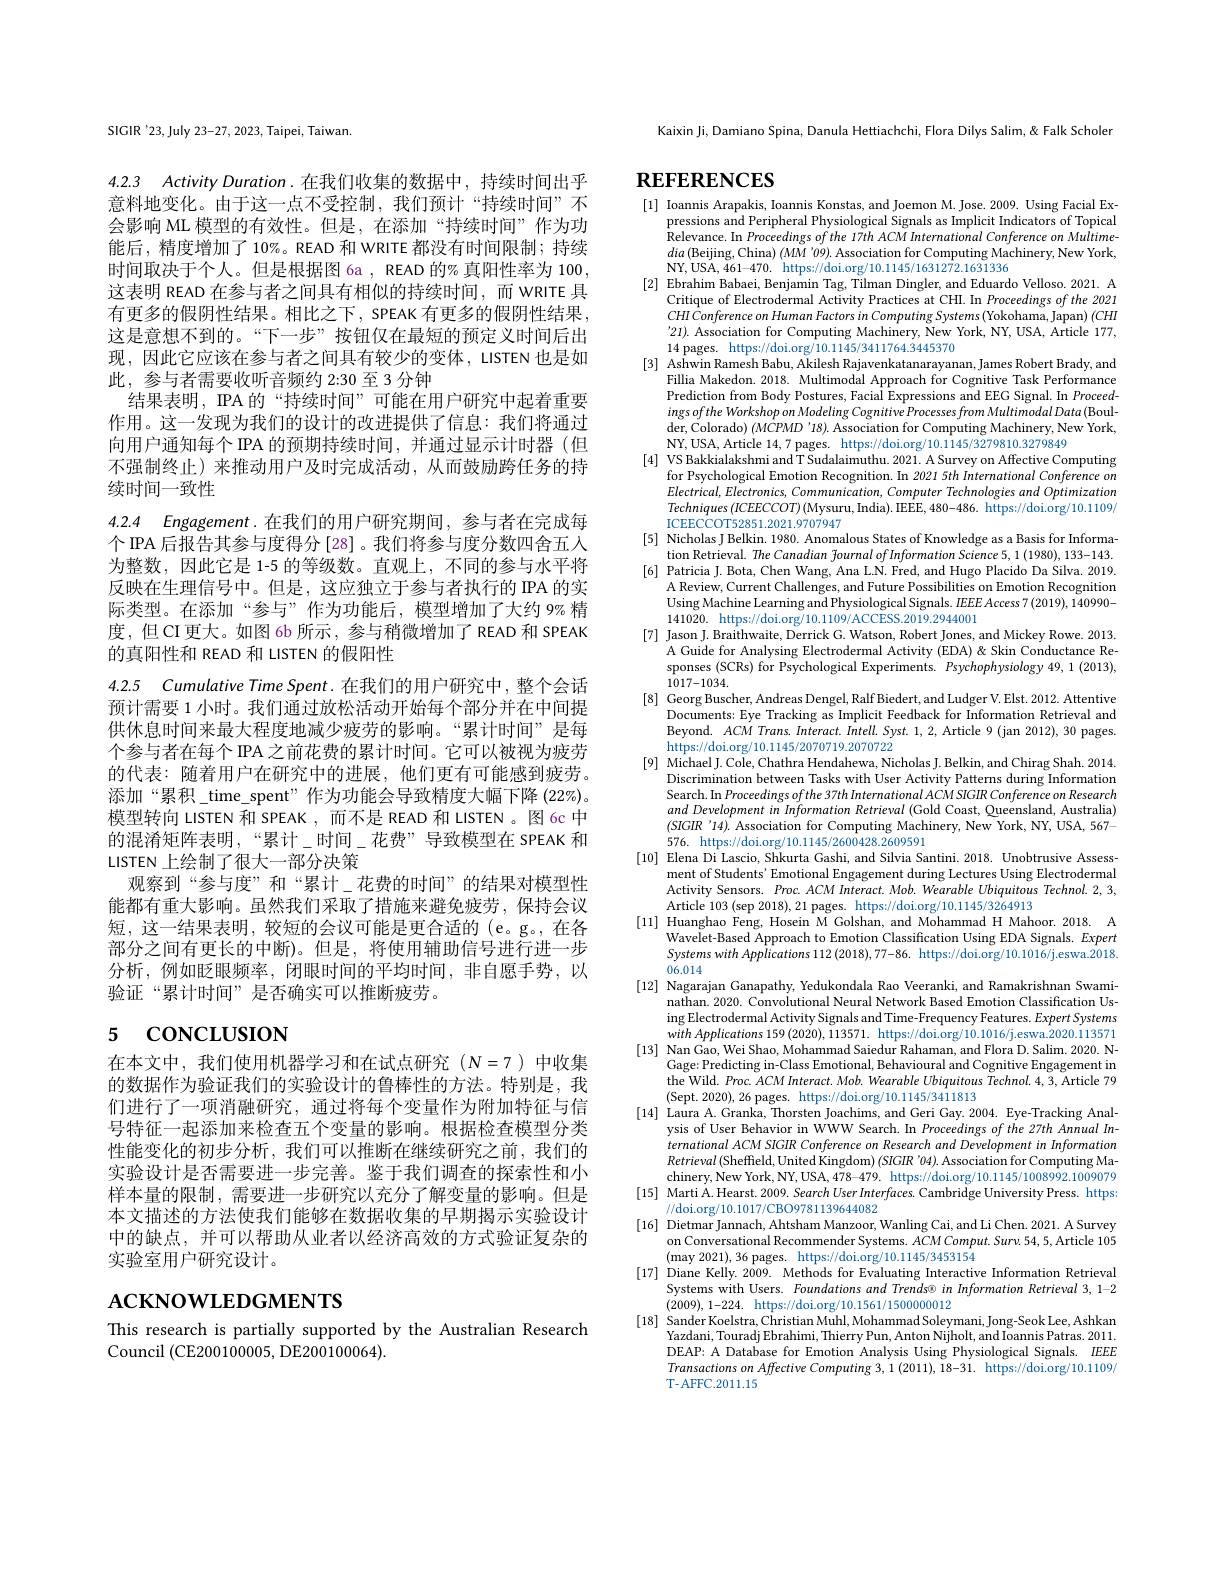
SIGIR'23, July 23-27, 2023, Taipei, Taiwan.

4.2.3 Activity $Duration.$在我们收集的数据中，持续时间出乎

意料地变化。由于这一点不受控制，我们预计“持续时间”不会影响 ML 模型的有效性。但是，在添加“持续时间”作为功能后，精度增加了10%。READ 和 WRITE 都没有时间限制；持续时间取决于个人。但是根据图 6a , READ 的% 真阳性率为 100, 这表明 READ 在参与者之间具有相似的持续时间，而 WRITE 具有更多的假阴性结果。相比之下，SPEAK 有更多的假阴性结果， 这是意想不到的。“下一步”按钮仅在最短的预定义时间后出现，因此它应该在参与者之间具有较少的变体，LISTEN 也是如此，参与者需要收听音频约 2:30 至 3 分钟
结果表明，IPA 的“持续时间”可能在用户研究中起着重要作用。这一发现为我们的设计的改进提供了信息：我们将通过向用户通知每个 IPA 的预期持续时间，并通过显示计时器 (但不强制终止)来推动用户及时完成活动，从而鼓励跨任务的持续时间一致性
4.2.4 Engagement.在我们的用户研究期间，参与者在完成每

个 IPA 后报告其参与度得分 [28] 。我们将参与度分数四舍五人为整数，因此它是 1-5 的等级数。直观上，不同的参与水平将反映在生理信号中。但是，这应独立于参与者执行的 IPA 的实际类型。在添加“参与”作为功能后，模型增加了大约 9% 精度，但CI更大。如图 6b 所示，参与稍微增加了READ 和 SPEAK 的真阳性和 READ 和 LISTEN 的假阳性
4.2.5 $CumulativeTimeSpent.$在我们的用户研究中，整个会话预计需要 1 小时。我们通过放松活动开始每个部分并在中间提供休息时间来最大程度地减少疲劳的影响。“累计时间”是每个参与者在每个 IPA 之前花费的累计时间。它可以被视为疲劳的代表：随着用户在研究中的进展，他们更有可能感到疲劳。添加“累积\_time\_spent”作为功能会导致精度大幅下降 (22%)。模型转向 LISTEN 和 SPEAK ,而不是 READ 和 LISTEN 。图 6c 中的混淆矩阵表明，“累计\_时间\_花费”导致模型在 SPEAK 和LISTEN 上绘制了很大一部分决策
观察到“参与度”和“累计\_花费的时间”的结果对模型性能都有重大影响。虽然我们采取了措施来避免疲劳，保持会议短，这一结果表明，较短的会议可能是更合适的(e。g。,在各部分之间有更长的中断)。但是，将使用辅助信号进行进一步分析，例如眨眼频率，闭眼时间的平均时间，非自愿手势，以验证“累计时间”是否确实可以推断疲劳。

# 5 concusıon

在本文中，我们使用机器学习和在试点研究($N=7$)中收集的数据作为验证我们的实验设计的鲁棒性的方法。特别是，我们进行了一项消融研究，通过将每个变量作为附加特征与信号特征一起添加来检查五个变量的影响。根据检查模型分类性能变化的初步分析，我们可以推断在继续研究之前，我们的实验设计是否需要进一步完善。鉴于我们调查的探索性和小样本量的限制，需要进一步研究以充分了解变量的影响。但是本文描述的方法使我们能够在数据收集的早期揭示实验设计中的缺点，并可以帮助从业者以经济高效的方式验证复杂的实验室用户研究设计。

# $\mathbf{ACKNOWLEDGMENTS}$

This research is partially supported by the Australian Research
Council (CE200100005, DE200100064).

Kaixin Ji, Damiano Spina, Danula Hettiachchi, Flora Dilys Salim, & Falk Scholer

# $REFERENCES$

[1] Ioannis Arapakis, Ioannis Konstas, and Joemon M. Jose. 2009. Using Facial Ex-
pressions and Peripheral Physiological Signals as Implicit Indicators of Topical Relevance. In Proceedings of the 17th ACM International Conference on Multime- $dia\left(\text{Beijing,China) }(MM'09\right).$ Association for Computing Machinery, New York, NY, USA, 461- 470. https: / / doi. org/ 10. 1145/ 1631272. 1631336
[2] Ebrahim Babaei, Benjamin Tag, Tilman Dingler, and Eduardo Velloso. 2021. A
Critique of Electrodermal Activity Practices at CHI. In Proceedings of the 2021 $CHI\textit{Conference on Human Factors in Computing Systems ( Yokohama, Japan) ( CHI) }$ '21). Association for Computing Machinery, New York, NY, USA, Article 177, 14 pages. https://doi.org/10.1145/3411764.3445370
[3] Ashwin Ramesh Babu, Akilesh Rajavenkatanarayanan, James Robert Brady, and
Fillia Makedon. 2018. Multimodal Approach for Cognitive Task Performance Prediction from Body Postures, Facial Expressions and EEG Signal. In Proceed- $ingsofthe\textit{ Workshop on Modeling Cognitive Processes from Multimodal Data ( Boul- ) }$ der, Colorado) ( MCPMD$ ^{\prime }$18) . Association for Computing Machinery, New York, NY, USA, Article 14,7 pages. https://doi.org/10.1145/3279810.3279849
[4] VS Bakkialakshmi and T Sudalaimuthu. 2021. A Survey on Affective Computing
for Psychological Emotion Recognition. In 2021 5th International Conference on $Electrical,Electronics,Communication,Computer$ Technologies and Optimization Techniques $(ICEECCOT)$ (Mysuru, India). IEEE, 480-486. https://doi.org/10.1109/ ICEECCOT52851.2021.9707947
[5] Nicholas J Belkin. 1980. Anomalous States of Knowledge as a Basis for Informa
tion Retrieval. The Canadian fournal of Information Science 5, 1 (1980), 133-143. [6] Patricia J. Bota, Chen Wang, Ana L.N. Fred, and Hugo Placido Da Silva. 2019.
A Review, Current Challenges, and Future Possibilities on Emotion Recognition Using Machine Learning and Physiological Signals. $IEEEAccess7(2019),140990-$ 141020. https://doi.org/10.1109/ACCESS.2019.2944001
[7] Jason J. Braithwaite, Derrick G. Watson, Robert Jones, and Mickey Rowe. 2013.
A Guide for Analysing Electrodermal Activity (EDA)&Skin Conductance Responses (SCRs) for Psychological Experiments. Psychophysiology 49, 1 (2013), 1017-1034.
[8] Georg Buscher, Andreas Dengel, Ralf Biedert, and Ludger V. Elst. 2012. Attentive
Documents: Eye Tracking as Implicit Feedback for Information Retrieval and Beyond. $ACM$ Trans. Interact. Intell. Syst. 1, 2, Article 9 (jan 2012), 30 pages. https://doi.org/10.1145/2070719.2070722
[9] Michael J. Cole, Chathra Hendahewa, Nicholas J. Belkin, and Chirag Shah. 2014.
Discrimination between Tasks with User Activity Patterns during Information Search. In Proceedings ofthe 37th International ACM SIGIR Conference on Research and Development in Information Retrieval (Gold Coast, Queensland, Australia) (SIGIR'14).Association for Computing Machinery, New York, NY, USA, 567- 576. https: / / doi. org/ 10. 1145/ 2600428. 2609591 Tre
[10] Elena Di Lascio, Shkurta Gashi, and Silvia Santini. 2018. Unobtrusive Assess-
ment of Students' Emotional Engagement during Lectures Using Electrodermal Activity Sensors. Proc. ACM Interact. Mob. Wearable Ubiquitous Technol. 2, 3, Article 103 (sep 2018), 21 pages. https://doi.org/10.1145/3264913
[11] Huanghao Feng, Hosein M Golshan, and Mohammad H Mahoor. 2018. A
Wavelet-Based Approach to Emotion Classification Using EDA Signals. Expert $Systemswith\textit{Applications 112( 2018) , 77- 86. https: / / doi. org/ 10. 1016/ j. eswa. 2018. }$ 06.014
[12] Nagarajan Ganapathy, Yedukondala Rao Veeranki, and Ramakrishnan Swami-
nathan. 2020. Convolutional Neural Network Based Emotion Classification Using Electrodermal Activity Signals and Time-Frequency Features. Expert Systems with Applications 159 (2020), 113571. https://doi.org/10.1016/j.eswa.2020.113571
[13] Nan Gao, Wei Shao, Mohammad Saiedur Rahaman, and Flora D. Salim. 2020. N-
Gage: Predicting in-Class Emotional, Behavioural and Cognitive Engagement in the Wild. Proc. ACM Interact. Mob. Wearable Ubiquitous Technol.4,3, Article 79 (Sept. 2020), 26 pages. https://doi.org/10.1145/3411813
[14] Laura A.Granka, Thorsten Joachims, and Geri Gay. 2004. Eye-Tracking Anal-
ysis of User Behavior in WWW Search. In Proceedings of the 27th Annual InternationalACMSIGIRConferenceonResearchandDevelopmentinInformation $Retrieval\left(\mathrm{Sheffield,~United~Kingdom)~(SIGIR~'04).~Association~for~Computing~Ma-}\right)$ chinery, New York, NY, USA, 478-479. https://doi.org/10.1145/1008992.1009079
[15] Marti A.Hearst. 2009. Search User Interfaces. Cambridge University Press. https:
//doi.org/10.1017/CBO9781139644082
[16] Dietmar Jannach, Ahtsham Manzoor, Wanling Cai, and Li Chen. 2021. A Survey
on Conversational Recommender Systems. $ACM\textit{Comput. Surv. 54, 5, Article 105}$
(may 2021), 36 pages. https://doi.org/10.1145/3453154
[17] Diane Kelly. 2009. Methods for Evaluating Interactive Information Retrieval
Systems with Users. Foundations and Trends© in Information Retrieval 3, 1-2
(2009),1-224. https://doi.org/10.1561/1500000012
[18] Sander Koelstra, Christian Muhl, Mohammad Soleymani, Jong-Seok Lee, Ashkan
Yazdani, Touradj Ebrahimi, Thierry Pun, Anton Nijholt, and Ioannis Patras. 2011. DEAP: A Database for Emotion Analysis Using Physiological Signals. IEEE Transactions on Affective Computing 3, 1 (2011), 18-31. https://doi.org/10.1109/ T-AFFC.2011.15